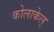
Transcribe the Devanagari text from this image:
कोलाकेल्